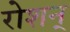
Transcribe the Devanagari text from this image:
रोशन्